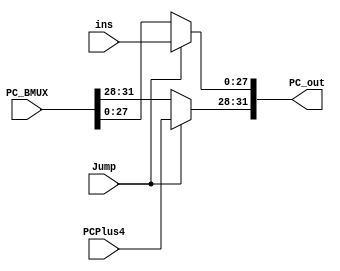
`timescale 1ns / 1ps

module PC_JMUX(
    input Jump,
    input [3:0] PCPlus4,
    input [27:0] ins,
    input [31:0] PC_BMUX,
    output reg [31:0] PC_out
);

always@(*) begin
    if (Jump) begin
        PC_out[27:0] = ins;
        PC_out[31:28] = PCPlus4;
    end
    else
        PC_out = PC_BMUX;
end

endmodule